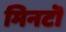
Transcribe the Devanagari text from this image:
मिनटॊ